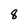
Character: 8